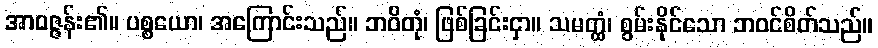
အာဝဇ္ဇန်း၏။ ပစ္စယော၊ အကြောင်းသည်။ ဘဝိတုံ၊ ဖြစ်ခြင်းငှာ။ သမတ္ထံ၊ စွမ်းနိုင်သော ဘဝင်စိတ်သည်။